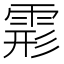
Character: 𩃋